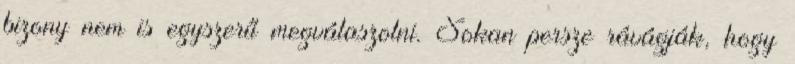
bizony nem is egyszerű megválaszolni. Sokan persze rávágják, hogy